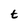
Character: t